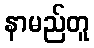
နာမည်တူ